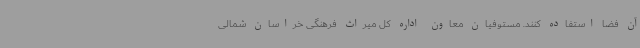
آن فضا استفاده کنند. مستوفیان معاون اداره کل میراث فرهنگی خراسان شمالی